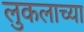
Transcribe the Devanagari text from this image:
लुकलाच्या